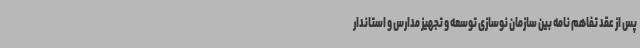
پس از عقد تفاهم نامه بین سازمان نوسازی توسعه و تجهیز مدارس و استاندار